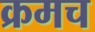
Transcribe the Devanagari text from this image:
क्रमच